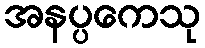
အနပ္ပကေသု